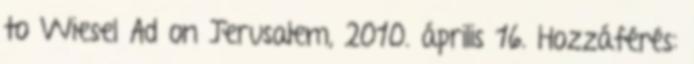
to Wiesel Ad on Jerusalem, 2010. április 16. Hozzáférés: